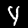
Label: 4